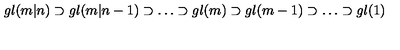
g l ( m | n ) \supset g l ( m | n - 1 ) \supset \dots \supset g l ( m ) \supset g l ( m - 1 ) \supset \dots \supset g l ( 1 )